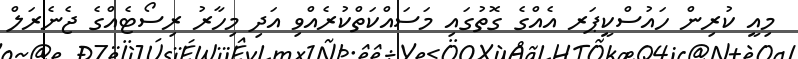
މިއީ ކުރިން ހައުސްކީޕަރ އެއްގެ ގޮތުގައި މަސައްކަތްކުރެއްވި އަދި މިހާރު ރިސޯޓެއްގެ ޖެނެރަލް